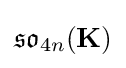
{\mathfrak {so}}_{4n}(\mathbf {K} )